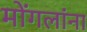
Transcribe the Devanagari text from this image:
मोंगलांना